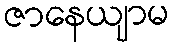
ဇာနေယျာမ